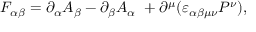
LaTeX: F _ { \alpha \beta } = \partial _ { \alpha } A _ { \beta } - \partial _ { \beta } A _ { \alpha } \ + \partial ^ { \mu } ( \varepsilon _ { \alpha \beta \mu \nu } P ^ { \nu } ) ,